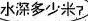
水深多少米?